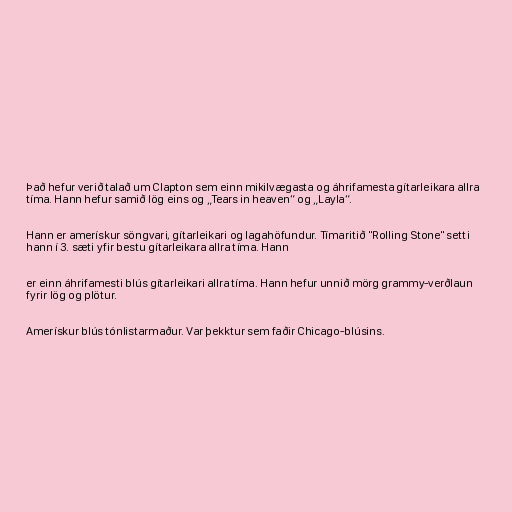
Það hefur verið talað um Clapton sem einn mikilvægasta og áhrifamesta gítarleikara allra
tíma. Hann hefur samið lög eins og „Tears in heaven“ og „Layla“.

Hann er amerískur söngvari, gítarleikari og lagahöfundur. Tímaritið "Rolling Stone" setti
hann í 3. sæti yfir bestu gítarleikara allra tíma. Hann

er einn áhrifamesti blús gítarleikari allra tíma. Hann hefur unnið mörg grammy-verðlaun
fyrir lög og plötur.

Amerískur blús tónlistarmaður. Var þekktur sem faðir Chicago-blúsins.